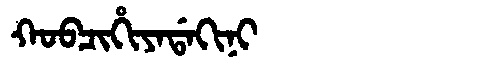
Manchu: ᡴᠣᠪᠴᡳᡥᡳᠶᠠᡩᠠᡴᡳᠨᡳ
Romanization: KOBCIHIYADAKINI